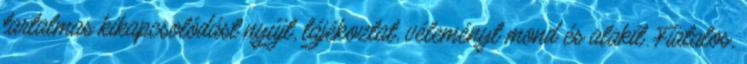
tartalmas kikapcsolódást nyújt, tájékoztat, véleményt mond és alakít. Fiatalos,